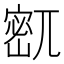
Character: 𫳹